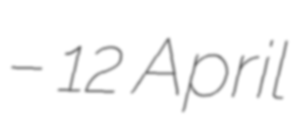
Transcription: – 12 April